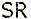
SR